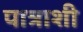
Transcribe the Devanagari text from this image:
पात्राशी